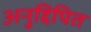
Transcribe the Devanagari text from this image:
अनुद्दिपित